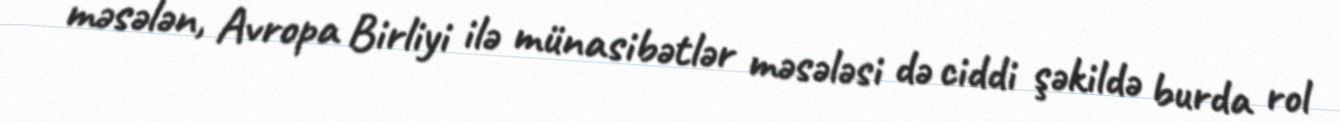
məsələn, Avropa Birliyi ilə münasibətlər məsələsi də ciddi şəkildə burda rol